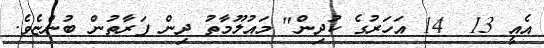
އެއީ 13  14 އަހަރުގެ ކުދިން" މައުލޫމާތު ދިން ފަރާތުން ބުންޏެވެ.